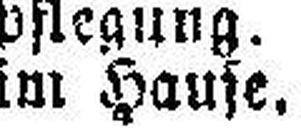
im Hause.